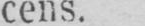
cens.